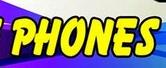
phones